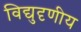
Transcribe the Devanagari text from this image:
विद्युदृणीय